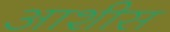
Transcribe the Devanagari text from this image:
आशीस